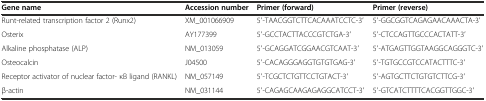
| Gene name | Accession number | Primer (forward) | Primer (reverse) |
 | --- | --- | --- | --- |
 | Runt-related transcription factor 2 (Runx2) | XM_001066909 | 5′-TAACGGTCTTCACAAATCCTC-3′ | 5′-GGCGGTCAGAGAACAAACTA-3′ |
 | Osterix | AY177399 | 5′-GCCTACTTACCCGTCTGA-3′ | 5′-CTCCAGTTGCCCACTATT-3′ |
 | Alkaline phosphatase (ALP) | NM_013059 | 5′-GCAGGATCGGAACGTCAAT-3′ | 5′-ATGAGTTGGTAAGGCAGGGTC-3′ |
 | Osteocalcin | J04500 | 5′-CACAGGGAGGTGTGTGAG-3′ | 5′-TGTGCCGTCCATACTTTC-3′ |
 | Receptor activator of nuclear factor- κB ligand (RANKL) | NM_057149 | 5′-TCGCTCTGTTCCTGTACT-3′ | 5′-AGTGCTTCTGTGTCTTCG-3′ |
 | β-actin | NM_031144 | 5′-CAGAGCAAGAGAGGCATCCT-3′ | 5′-GTCATCTTTTCACGGTTGGC-3′ |